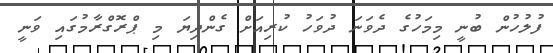
ފުލުހުން ބުނީ މިމަހުގެ ދެވަނަ ދުވަހު ކުރިއަށް ގެންދިޔަ މި ޕްރޮގްރާމުގައި ވަނީ